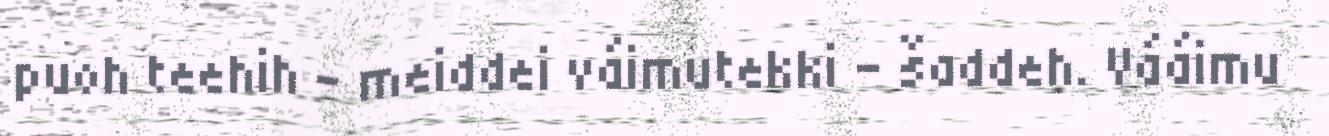
puoh teehih – meiddei váimutekki – šaddeh. Vááimu